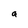
Character: a